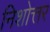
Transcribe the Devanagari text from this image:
निशोत्तर